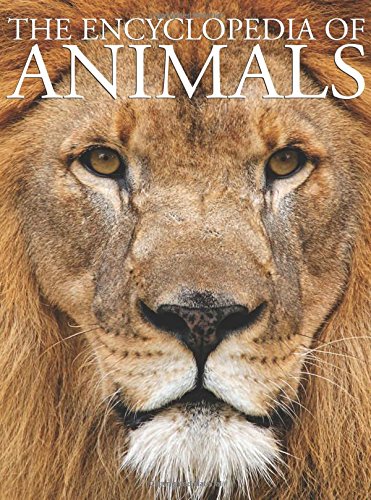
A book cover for The Encyclopedia of Animals; David Alderton; Reference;